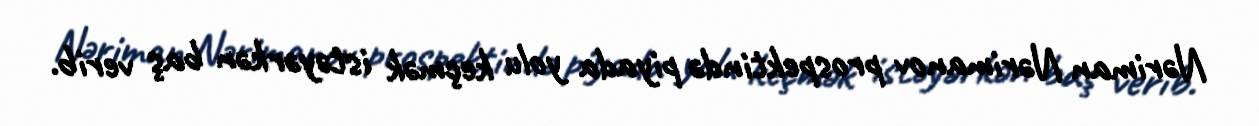
Nəriman Nərimanov prospektində piyada yolu keçmək istəyərkən baş verib.